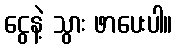
ငွေနဲ့ သွား ဖာပေးပါ။